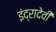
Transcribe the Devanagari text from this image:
इंद्रादेवी